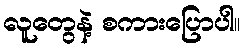
လူတွေနဲ့ စကားပြောပါ။